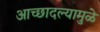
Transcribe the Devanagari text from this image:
आच्छादल्यामुळे